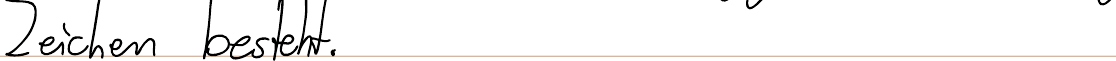
Zeichen besteht.